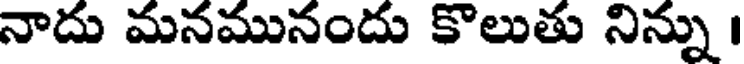
నాదు మనమునందు కొలుతు నిన్ను ।